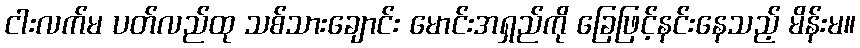
ငါးလက်မ ပတ်လည်ထု သစ်သားချောင်း မောင်းအရှည်ကို ခြေဖြင့်နင်းနေသည့် မိန်းမ။